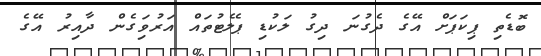
ބޮޑެތި ޕިކަޕަށް އޭގެ ދެގުނަ ދިގު ލަކުޑި ޕެލެޓުތައް އަރުވަިގެން ދާއިރު އޭގެ